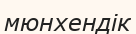
мюнхендік